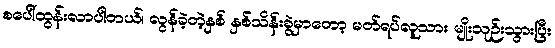
စပေါ်ထွန်းလာပါတယ်၊ လွန်ခဲ့တဲ့နှစ် နှစ်သိန်းခွဲမှာတော့ မတ်ရပ်လူသား မျိုးသုဉ်းသွားပြီး